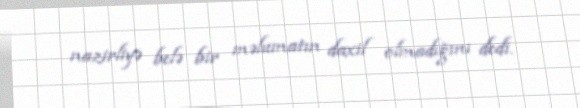
nazirliyə belə bir məlumatın daxil olmadığını dedi.